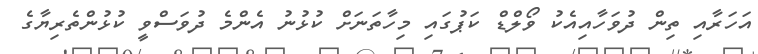
އަހަރާއި ތިން ދުވަހާއިއެކު ވޯލްޑް ކަޕުގައި މިހާތަނަށް ކުޅުނު އެންމެ ދުވަސްވީ ކުޅުންތެރިޔާގެ